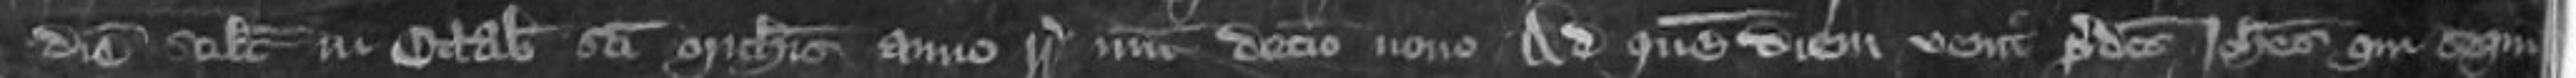
diem scilicet in Octabis Sancti Michaelis anno regni Regis decimo nono Ad quem diem venit predictus Johannes qui sequitur